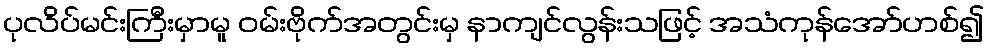
ပုလိပ်မင်းကြီးမှာမူ ဝမ်းဗိုက်အတွင်းမှ နာကျင်လွန်းသဖြင့် အသံကုန်အော်ဟစ်၍